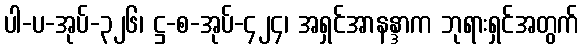
ပါ-ပ-အုပ်-၃၂၆၊ ဋ္ဌ-စ-အုပ်-၄၂၄၊ အရှင်အာနန္ဒာက ဘုရားရှင်အတွက်